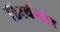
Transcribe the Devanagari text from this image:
हिरवंगार